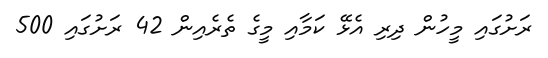
ރަށުގައި މީހުން ދިރި އެޅޭ ކަމާއި މީގެ ތެރެއިން 42 ރަށުގައި 500